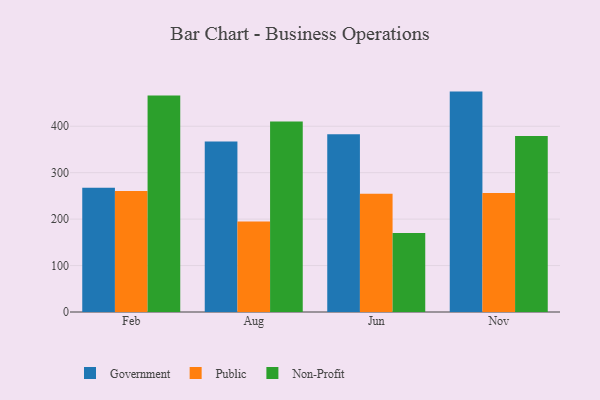
{"axis": {"x": "Month", "y": "Production Output"}, "legend": ["Government", "Non-Profit", "Public"], "data": [{"x": "Feb", "y": 267.5, "type": "Government"}, {"x": "Feb", "y": 260.7, "type": "Public"}, {"x": "Feb", "y": 466.0, "type": "Non-Profit"}, {"x": "Aug", "y": 366.9, "type": "Government"}, {"x": "Aug", "y": 195.1, "type": "Public"}, {"x": "Aug", "y": 410.0, "type": "Non-Profit"}, {"x": "Jun", "y": 382.6, "type": "Government"}, {"x": "Jun", "y": 254.8, "type": "Public"}, {"x": "Jun", "y": 169.9, "type": "Non-Profit"}, {"x": "Nov", "y": 474.6, "type": "Government"}, {"x": "Nov", "y": 256.4, "type": "Public"}, {"x": "Nov", "y": 379.0, "type": "Non-Profit"}]}